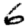
Digit: 6